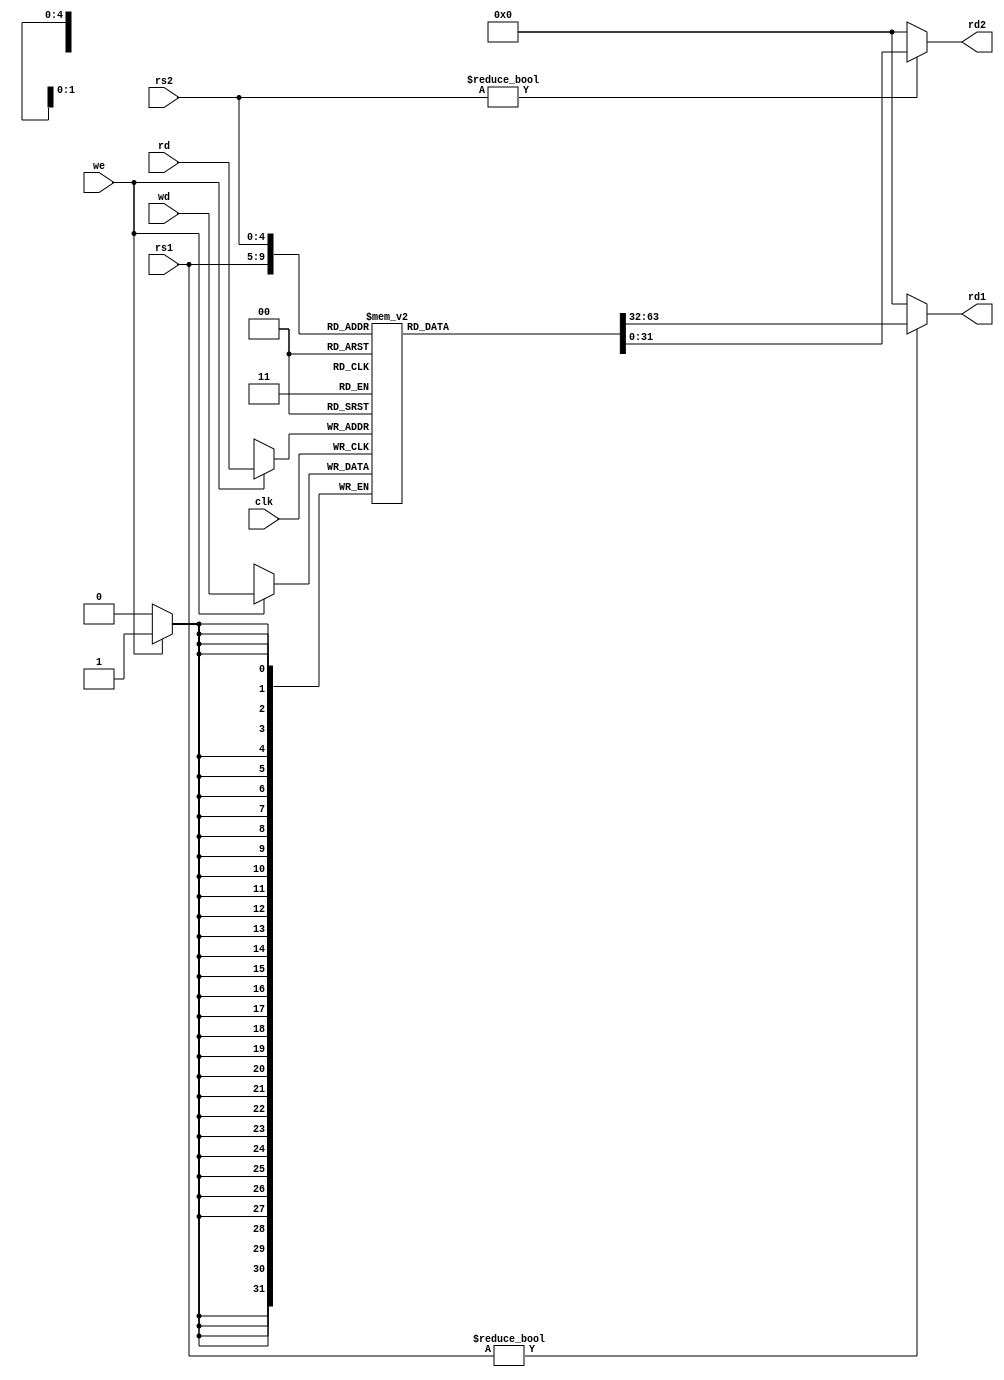
module RegisterFile (
    input wire clk,
    input wire we,
    input wire [4:0] rs1,
    input wire [4:0] rs2,
    input wire [4:0] rd,
    input wire [31:0] wd,
    output wire [31:0] rd1,
    output wire [31:0] rd2
);

    reg [31:0] rf[31:0];

    always @(posedge clk) begin
        if (we)
            rf[rd] <= wd;
    end

    assign rd1 = (rs1 != 0) ? rf[rs1] : 0;
    assign rd2 = (rs2 != 0) ? rf[rs2] : 0;

endmodule